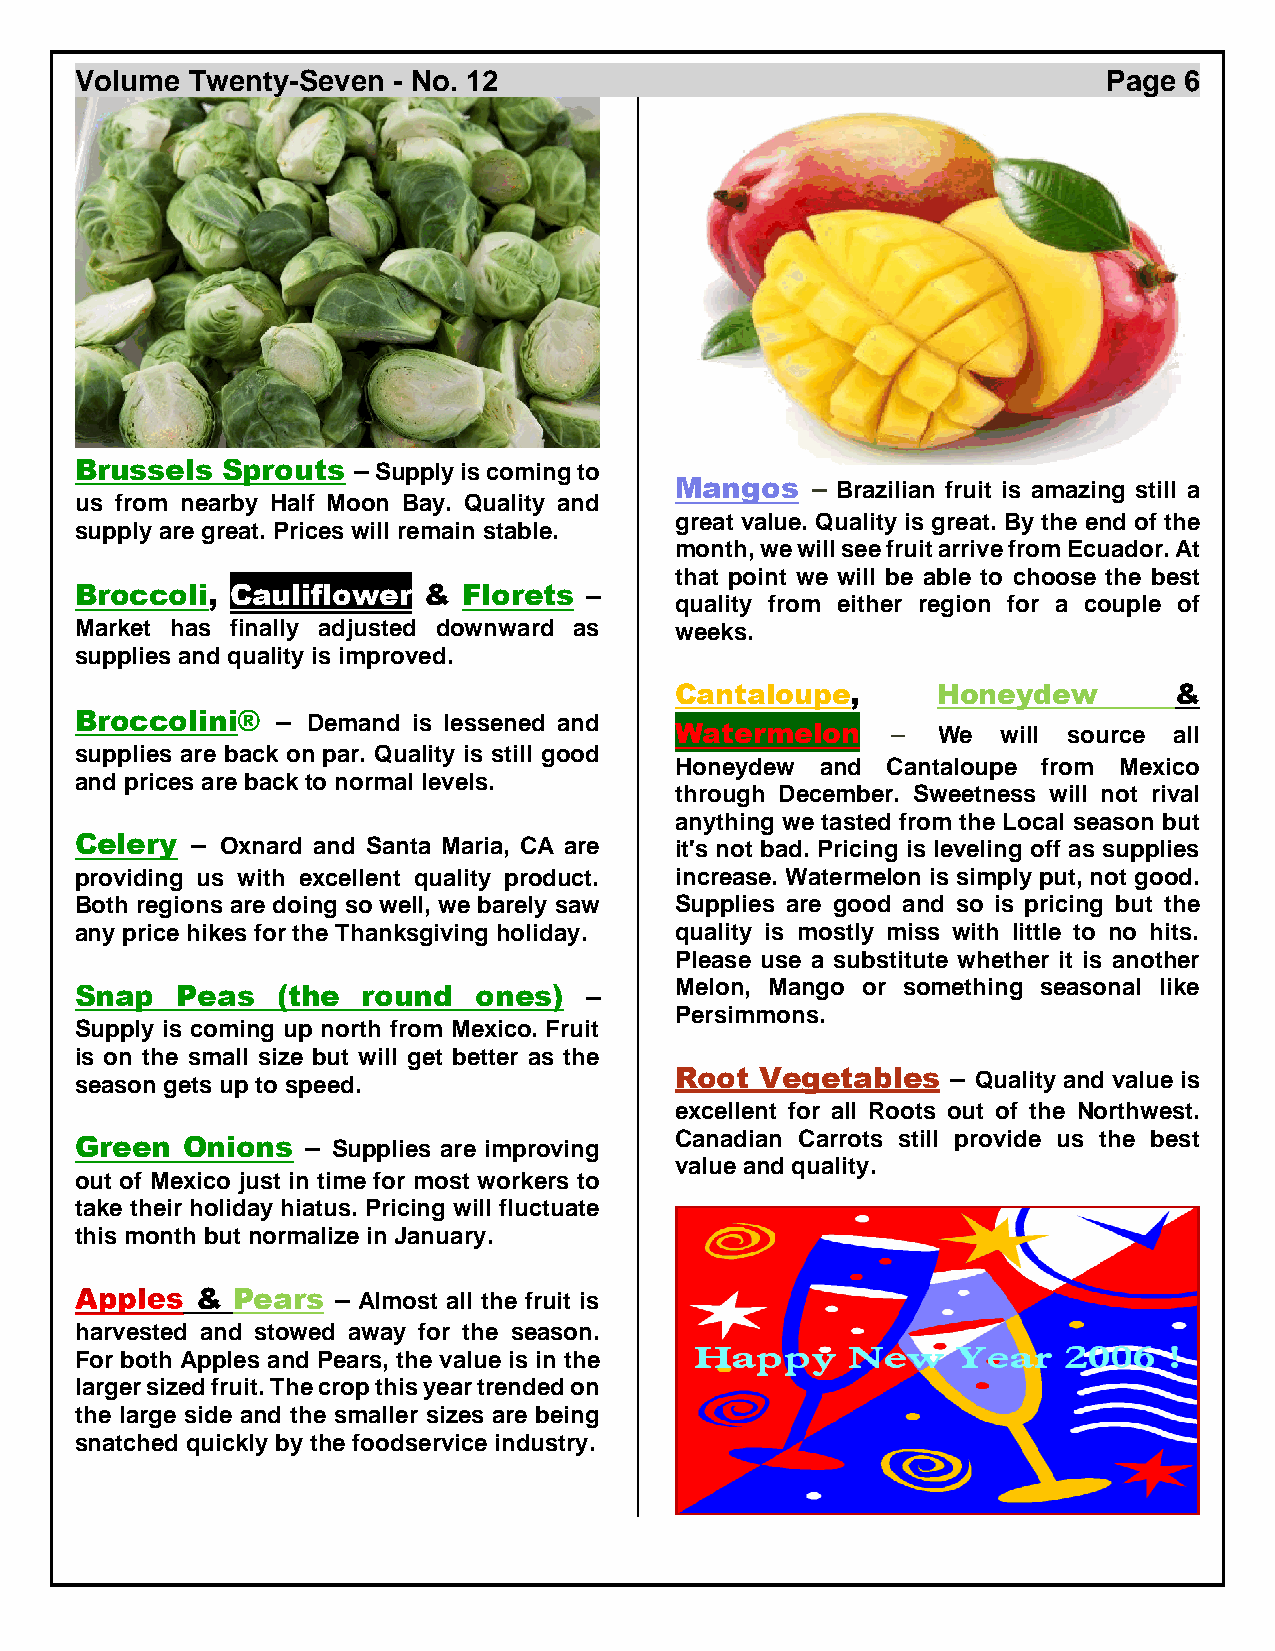
Volume Twenty-Seven  - No. 12                                       Page 6
 Brussels  Sprouts – Supply is coming to
 Mangos   – Brazilian fruit is amazing still a
 us from nearby Half Moon Bay. Quality and
 great value. Quality is great. By the end of the
 supply are great. Prices will remain stable.
 month, we will see fruit arrive from Ecuador. At
 that point we will be able to choose the best
 Broccoli, Cauliflower  &  Florets –
 quality from either region for a couple of
 Market has finally adjusted downward as weeks.
 supplies and quality is improved.
 Cantaloupe,      Honeydew        &
 Broccolini®  – Demand is lessened and
 Watermelon    –  We  will source all
 supplies are back on par. Quality is still good
 Honeydew and  Cantaloupe from Mexico
 and prices are back to normal levels.
 through December. Sweetness will not rival
 anything we tasted from the Local season but
 Celery  – Oxnard and Santa Maria, CA are it's not bad. Pricing is leveling off as supplies
 providing us with excellent quality product. increase. Watermelon is simply put, not good.
 Both regions are doing so well, we barely saw Supplies are good and so is pricing but the
 any price hikes for the Thanksgiving holiday. quality is mostly miss with little to no hits.
 Please use a substitute whether it is another
 Melon, Mango or something seasonal like
 Snap   Peas  (the  round  ones)   –
 Persimmons.
 Supply is coming up north from Mexico. Fruit
 is on the small size but will get better as the
 season gets up to speed.                Root Vegetables   – Quality and value is
 excellent for all Roots out of the Northwest.
 Canadian Carrots still provide us the best
 Green  Onions  – Supplies are improving
 value and quality.
 out of Mexico just in time for most workers to
 take their holiday hiatus. Pricing will fluctuate
 this month but normalize in January.
 & Pears  – Almost all the fruit is
 harvested and stowed away for the season.
 For both Apples and Pears, the value is in the
 larger sized fruit. The crop this year trended on
 the large side and the smaller sizes are being
 snatched quickly by the foodservice industry.